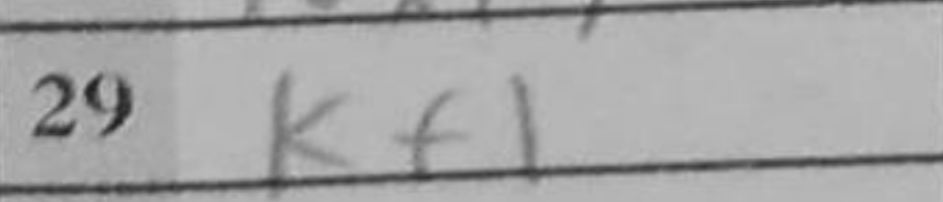
Transcription: Kf1